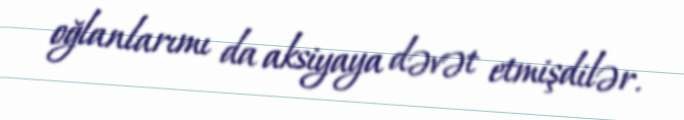
oğlanlarımı da aksiyaya dəvət etmişdilər.